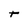
Character: t